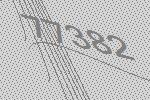
77382